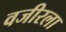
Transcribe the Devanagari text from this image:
वजीरला